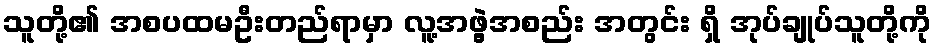
သူတို့၏ အစပထမဦးတည်ရာမှာ လူ့အဖွဲ့အစည်း အတွင်း ရှိ အုပ်ချုပ်သူတို့ကို